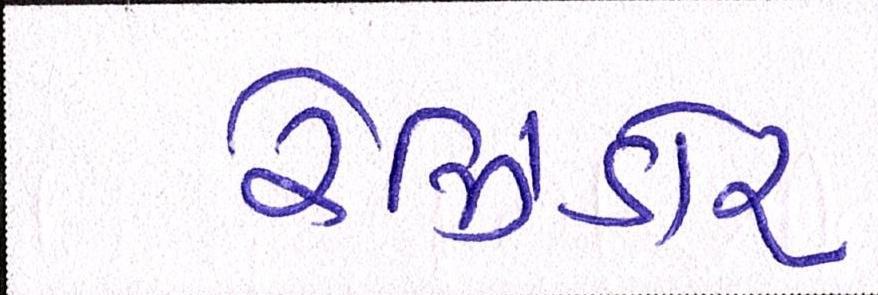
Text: રેઝિડોર